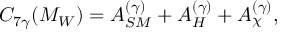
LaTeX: C _ { 7 \gamma } ( M _ { W } ) = A _ { S M } ^ { ( \gamma ) } + A _ { H } ^ { ( \gamma ) } + A _ { \chi } ^ { ( \gamma ) } ,